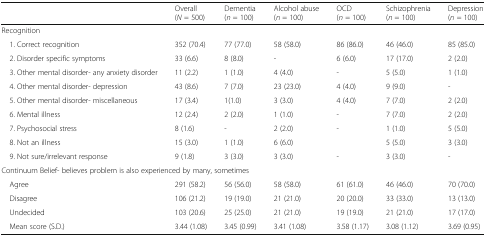
|  | Overall (N = 500) | Dementia (n = 100) | Alcohol abuse (n = 100) | OCD(n = 100) | Schizophrenia (n = 100) | Depression (n = 100) |
 | --- | --- | --- | --- | --- | --- | --- |
 | <COLSPAN=7> Recognition |
 | 1. Correct recognition | 352 (70.4) | 77 (77.0) | 58 (58.0) | 86 (86.0) | 46 (46.0) | 85 (85.0) |
 | 2. Disorder specific symptoms | 33 (6.6) | 8 (8.0) | - | 6 (6.0) | 17 (17.0) | 2 (2.0) |
 | 3. Other mental disorder- any anxiety disorder | 11 (2.2) | 1 (1.0) | 4 (4.0) | - | 5 (5.0) | 1 (1.0) |
 | 4. Other mental disorder- depression | 43 (8.6) | 7 (7.0) | 23 (23.0) | 4 (4.0) | 9 (9.0) | - |
 | 5. Other mental disorder- miscellaneous | 17 (3.4) | 1(1.0) | 3 (3.0) | 4 (4.0) | 7 (7.0) | 2 (2.0) |
 | 6. Mental illness | 12 (2.4) | 2 (2.0) | 1 (1.0) | - | 7 (7.0) | 2 (2.0) |
 | 7. Psychosocial stress | 8 (1.6) | - | 2 (2.0) | - | 1 (1.0) | 5 (5.0) |
 | 8. Not an illness | 15 (3.0) | 1 (1.0) | 6 (6.0) |  | 5 (5.0) | 3 (3.0) |
 | 9. Not sure/irrelevant response | 9 (1.8) | 3 (3.0) | 3 (3.0) | - | 3 (3.0) | - |
 | <COLSPAN=7> Continuum Belief- believes problem is also experienced by many, sometimes |
 | Agree | 291 (58.2) | 56 (56.0) | 58 (58.0) | 61 (61.0) | 46 (46.0) | 70 (70.0) |
 | Disagree | 106 (21.2) | 19 (19.0) | 21 (21.0) | 20 (20.0) | 33 (33.0) | 13 (13.0) |
 | Undecided | 103 (20.6) | 25 (25.0) | 21 (21.0) | 19 (19.0) | 21 (21.0) | 17 (17.0) |
 | Mean score (S.D.) | 3.44 (1.08) | 3.45 (0.99) | 3.41 (1.08) | 3.58 (1.17) | 3.08 (1.12) | 3.69 (0.95) |